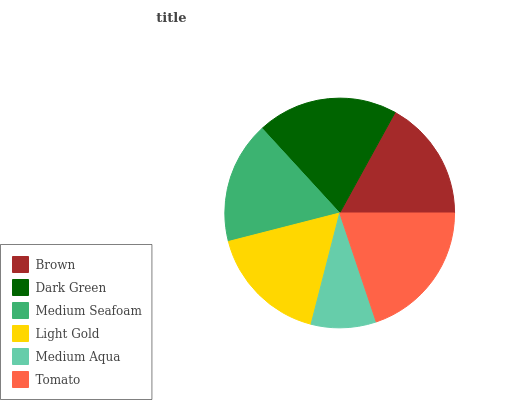
| Brown | Dark Green | Medium Seafoam | Light Gold | Medium Aqua | Tomato |
 | --- | --- | --- | --- | --- | --- |
 | 17% | 19.9% | 17.2% | 17% | 9.13% | 19.9% |